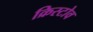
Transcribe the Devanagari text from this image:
क्रिस्टोव